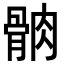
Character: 䯐